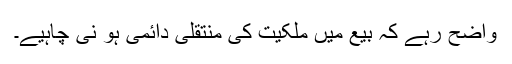
واضح رہے کہ بیع میں ملکیت کی منتقلی دائمی ہو نی چاہیے۔